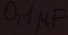
Text: 0,1µF